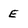
Character: E